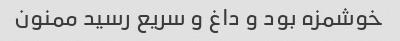
خوشمزه بود و داغ و سریع رسید ممنون